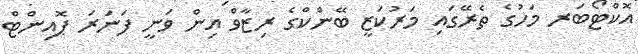
އޮކްޓޯބަރ މަހުގެ ތެރޭގައި މަރުކަޒީ ބޭންކްގެ ރިޒާވް އިން ވަނީ ފަނަރަ ޕޮއިންޓް